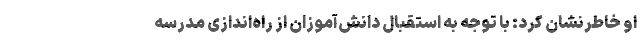
او خاطرنشان کرد: با توجه به استقبال دانش‌آموزان از راه‌اندازی مدرسه